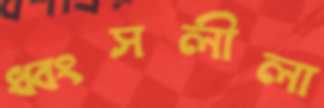
ধ্বংসলীলা